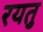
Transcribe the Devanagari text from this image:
रयतु